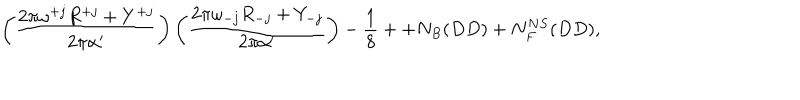
LaTeX: \left( \frac { 2 \pi \omega ^ { + j } R ^ { + j } + Y ^ { + j } } { 2 \pi \alpha ^ { \prime } } \right) \left( \frac { 2 \pi \omega _ { - j } R _ { - j } + Y _ { - j } } { 2 \pi \alpha ^ { \prime } } \right) - \frac { 1 } { 8 } + + N _ { B } ( D D ) + N _ { F } ^ { N S } ( D D ) ,